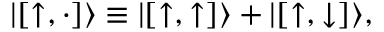
| [ { \uparrow } , \cdot ] \rangle \equiv | [ { \uparrow } , { \uparrow } ] \rangle + | [ { \uparrow } , { \downarrow } ] \rangle ,